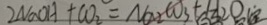
2 N a O H + C O _ { 2 } = N a _ { 2 } C O _ { 3 } + H _ { 2 } O